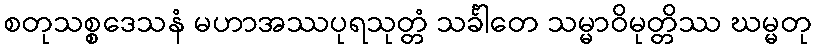
စတုသစ္စဒေသနံ မဟာအဿပုရသုတ္တံ သင်္ခါတေ သမ္မာဝိမုတ္တိဿ ဃမ္မတု